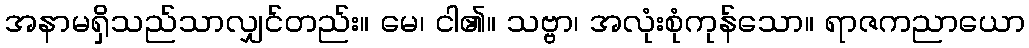
အနာမရှိသည်သာလျှင်တည်း။ မေ၊ ငါ၏။ သဗ္ဗာ၊ အလုံးစုံကုန်သော။ ရာဇကညာယော